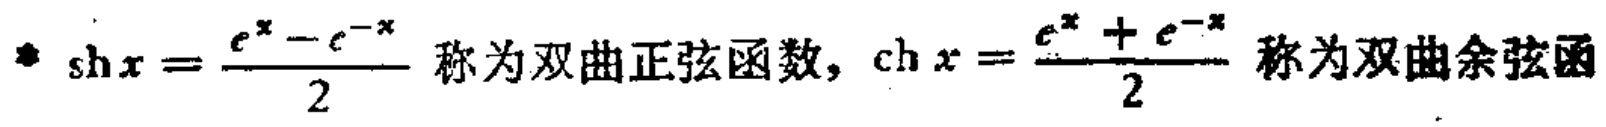
$\text{sh}x=\frac{e^{x}-e^{-x}}{2}$ 称为双曲正弦函数, $\text{ch}x=\frac{e^{x}+e^{-x}}{2}$ 称为双曲余弦函